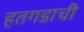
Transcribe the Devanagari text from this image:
हतगडाची